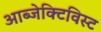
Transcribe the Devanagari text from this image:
आब्जेक्टिविस्ट